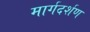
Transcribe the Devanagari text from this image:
मार्गदर्शण